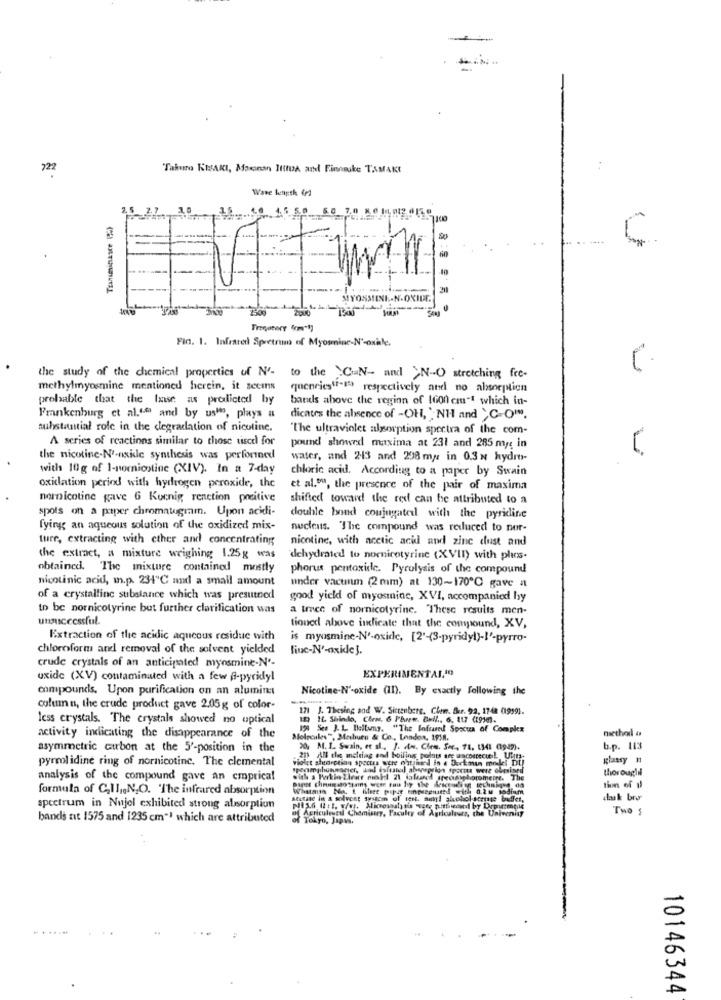
Takuro KEAKI, Mscinan ItttuA an Finomuke TAMAKI
Wave length (r)
12 ... 10.45 50 60 20 80 0
-
MYOSMINE-N-OXIDE
Zou0
Fig. 1. Infrared Spretruma of Myosmine-N'-oxile.
the study of the chemical properties of N'-
to the CaN- and >N-O stretching fre-
methylmyosmine mentioned herein, it seems
quencies"I"m") respectively and no absorption
probable that the faase as predicted by
bands above the region of 1600 cm"1 which in-
Frankenburg et al."" and by ushes, plays #
dicates the absence of -OH, "NH and >C-O".
substantial role in the degradation of nicotine.
"The ultraviolet algsorption sportra of the com-
A series of reactions similar to those used for
pound showed maxima at 231 and 285 my: in
the nicotine.N'-nxide synthesis was performed
water, and 213 and 298 m, in 0.3 N hydro-
with 10g of 1-nornicotine (XIV). In a 7-day
chloric acid. According to a paper by Swain
oxidation period with hydrogen peroxide, the
et al.om, the presence of the pair of maxima
nornicotine gave 6 Kucnig reaction positive
shifted toward the red can be attributed to a
spots on a paper chromategram. Upon acidi-
double bond conjugated with the pyridine
fying an aqueous solution of the oxidized mix-
nucleus. The compound was reduced to nor-
ture, extracting with cther and concentrating
nicotine, with acetic acid and zinc dust and
the extract, a mixture weighing 1.25g was
'dehydrated to nornicotyrine (XVII) with plus.
obtained. The mixture contained mostly
phorus pentoxide. Pyrolysis of the compound
nicotinic acid, i.p. 234℃ and a small amount
under vacuum (2 mm) at 130-170℃ gave a
of a crystalline substance which was presutned
good yield of myosine, XVI, accompanied by
to be nornicotyrine but further clarification was
a trace of nornicotyrinc. "These results men-
tioned above indicate that the compound, XV,
Extraction of the acidic aqueous residue with
is myosmine-N'-oxide, [2'-(3-pyridyl)-l'-pyrro-
chloroform and removal of the solvent yielded
line-N'-oxide }.
crude crystals of an anticipated myosmine-N'-
EXPERIMENTAL10
uxide (XV) contaminated with a few @-pyridyl
compounds. Upon purification on an alumin:
Nicotine-N'-oxide (II). By exactly following the
column, the crude product gave 2.05g of color-
171 J. Thesing and W. Sicreubere. Chem. Bur. 92, 1748 0959).
Icss crystals. The crystals showed no optical
12) IL Shindo, Chra. 6 Plurw. Bell ., 6, 117 (191m).
199 See J. 1. Bellamy. "The Infrared Spocua of Compkx
niethod i
activity indicating the disappearance of the
Molecules", Mashuen & Co ., London, 1958.
asymmetric curbon at the 5'-position in the
20, M. I. Suain, et al. 1. de. Cles. Soc. 11, 1341 09mm).
b.p. 113
pyrrol idine ring of nornicotine. The clemental
violet shearction spoctus were ohrbed in . Ducks
219 All the ancheiag and boiling points are
thoroughil
analysis of the compound gave an cmprica!
formula of C,Il ,, N.O. 'The infrared absorption
Atstate in & solvent sysacs of test. suhl alehol-sortte buffet,
dask bro
spectrum in Nujel exhibited strong absorption
of Agricultural Chomisury, Faculty of Agrlosleurs, che Univenity
of Agricultural Chiami
Two
bands tut 1575 and 1235 cm"1 which are attributed
of Tokyo, Japans.
10146344